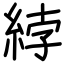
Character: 綍